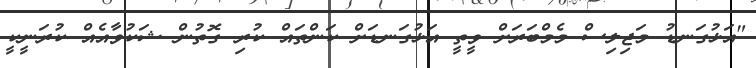
"އަޅުގަނޑު މަޖިލިސް މެމްބަރަށް ވީތީ އަޅުގަނޑަށް ކަންތައް ކުރި ގޮތުން ޝަކުވާއެއް ކުރަނީކީ